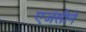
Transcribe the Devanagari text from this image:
एजंसीने